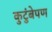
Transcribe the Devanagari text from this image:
कुटुंबेपण